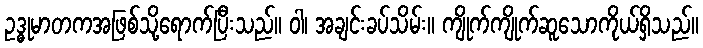
ဥဒ္ဓုမာတကအဖြစ်သို့ရောက်ပြီးသည်။ ဝါ၊ အချင်းခပ်သိမ်း။ ကျိုက်ကျိုက်ဆူသောကိုယ်ရှိသည်။